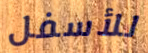
للأسفل